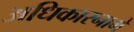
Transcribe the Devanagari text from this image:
अधिकारनामे